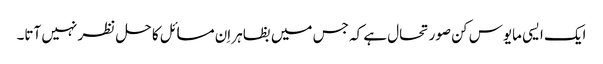
ایک ایسی مایوس کن صورتحال ہے کہ جس میں بظاہر اِن مسائل کا حل نظر نہیں آتا۔